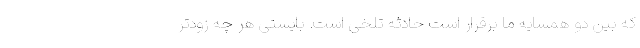
که بین دو همسایه ما برقرار است حادثه تلخی است. بایستی هر چه زودتر